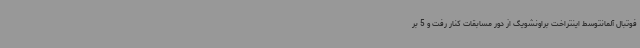
فوتبال آلمانتوسط اینتراخت براونشویگ از دور مسابقات کنار رفت و 5 بر